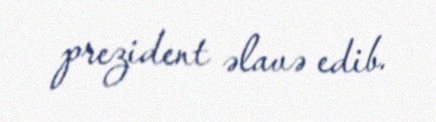
prezident əlavə edib.